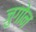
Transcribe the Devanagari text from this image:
जुगोन